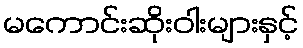
မကောင်းဆိုးဝါးများနှင့်